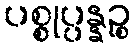
ပစ္စုပ္ပန္နဉ္စ